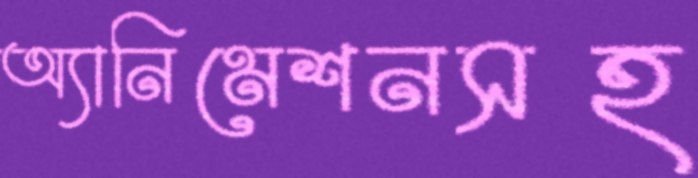
অ্যানিমেশনসহ